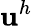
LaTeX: \mathbf{u}^{h}